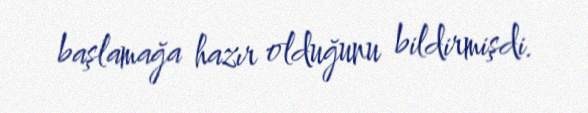
başlamağa hazır olduğunu bildirmişdi.